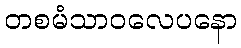
တစမံသာဝလေပနော